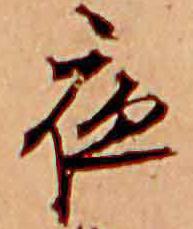
夜